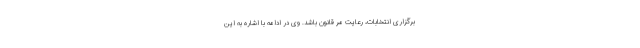
برگزاری انتخابات، رعایت مرّ قانون باشد. وی در ادامه با اشاره به این